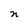
Character: n